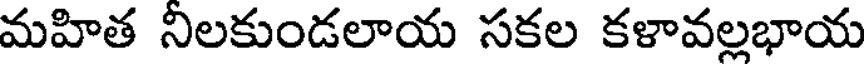
మహిత నిలకుండలాయ సకల కళావల్లభాయ